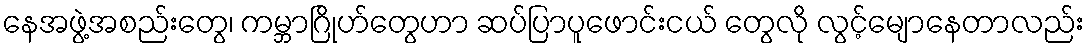
နေအဖွဲ့အစည်းတွေ၊ ကမ္ဘာဂြိုဟ်တွေဟာ ဆပ်ပြာပူဖောင်းငယ် တွေလို လွင့်မျောနေတာလည်း